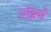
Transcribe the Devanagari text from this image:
लोढणे